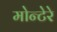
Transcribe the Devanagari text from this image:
मोन्टेरे